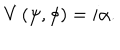
LaTeX: V \left( \psi , \phi \right) = i \alpha .